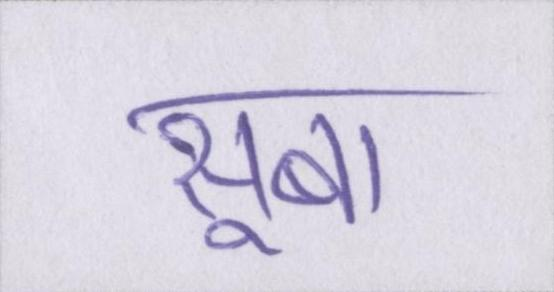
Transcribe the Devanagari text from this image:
सूबा